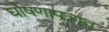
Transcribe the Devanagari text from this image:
घोषणापत्रात